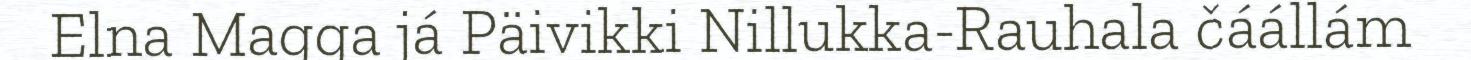
Elna Magga já Päivikki Nillukka-Rauhala čáállám